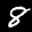
Label: 8